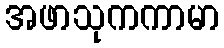
အဖာသုကကာမာ